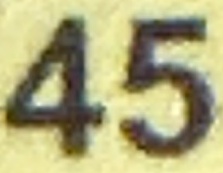
45